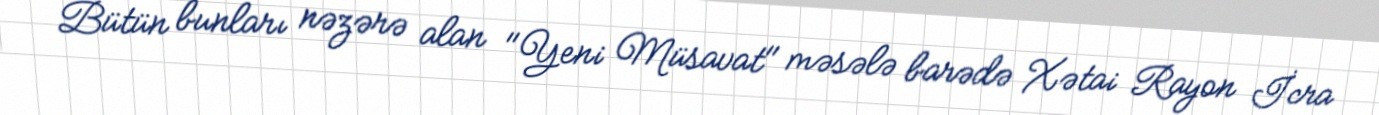
Bütün bunları nəzərə alan "Yeni Müsavat" məsələ barədə Xətai Rayon İcra